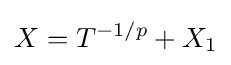
X=T^{-1/p}+X_{1}